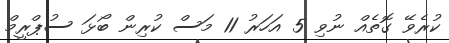
ކުރެވޭ ގޮތެއް ނުވި 5 އަހަރު 11 މަސް ކުރިން ބޯޅަ ސުޕްރީމް